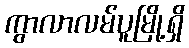
ကွာလာလမ်ပူမြို့ရှိ